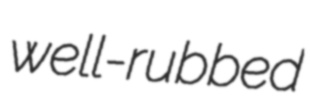
well-rubbed